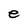
Character: e